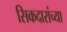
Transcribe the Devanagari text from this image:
सिकदारांच्या